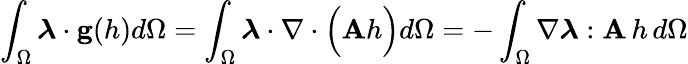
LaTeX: \int_{\Omega}\boldsymbol{\lambda}\cdot\mathbf{g}(h)d\Omega=\int_{\Omega}\boldsymbol{\lambda}\cdot\nabla\cdot\Big(\mathbf{A}h\Big)d\Omega=-\int_{\Omega}\nabla\boldsymbol{\lambda}:\mathbf{A}\, h\, d\Omega